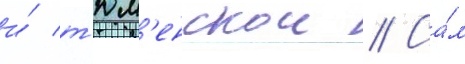
и́ т'юм'енскои // Са́м